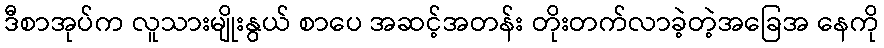
ဒီစာအုပ်က လူသားမျိုးနွယ် စာပေ အဆင့်အတန်း တိုးတက်လာခဲ့တဲ့အခြေအ နေကို